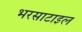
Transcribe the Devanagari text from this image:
भरसाटाइल